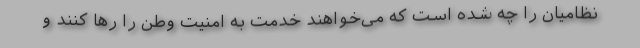
نظامیان را چه شده است که می‌خواهند خدمت به امنیت وطن را رها کنند و